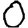
Digit: 0